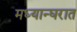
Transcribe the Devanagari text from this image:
मध्यान्घरात